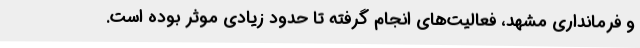
و فرمانداری مشهد، فعالیت‌های انجام گرفته تا حدود زیادی موثر بوده است.